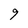
Character: 9